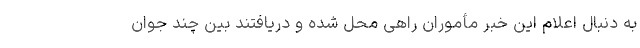
به‌ دنبال اعلام این خبر مأموران راهی محل شده و دریافتند بین چند جوان